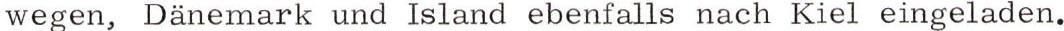
wegen, Dänemark und Island ebenfalls nach Kiel eingeladen.